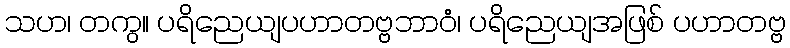
သဟ၊ တကွ။ ပရိညေယျပဟာတဗ္ဗဘာဝံ၊ ပရိညေယျအဖြစ် ပဟာတဗ္ဗ